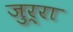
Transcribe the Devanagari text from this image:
जुर्रा